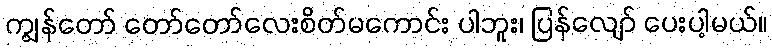
ကျွန်တော် တော်တော်လေးစိတ်မကောင်း ပါဘူး၊ ပြန်လျော် ပေးပါ့မယ်။